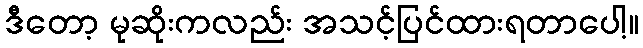
ဒီတော့ မုဆိုးကလည်း အသင့်ပြင်ထားရတာပေါ့။